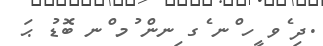
.ދި ެވ ީހ ްނ ެގ ިނން ުމ ްނ ބޮޑު ޙަ